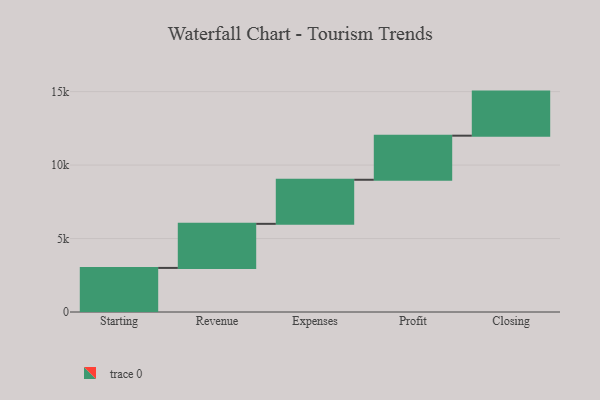
{"axis": {"x": "Step", "y": "Value"}, "legend": [""], "data": [{"x": "Starting", "y": 3000, "type": ""}, {"x": "Revenue", "y": 3000, "type": ""}, {"x": "Expenses", "y": 3000, "type": ""}, {"x": "Profit", "y": 3000, "type": ""}, {"x": "Closing", "y": 3000, "type": ""}]}